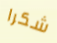
شكرا